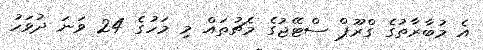
އެ މުބާރާތުގެ ގްރޫޕް ސްޓޭޖުގެ މެޗުތައް މި މަހުގެ 24 ވަނަ ދުވަހު